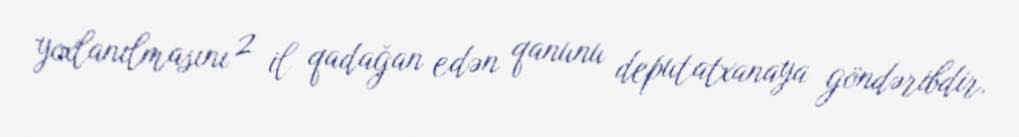
yoxlanılmasını 2 il qadağan edən qanunu deputatxanaya göndəribdir.